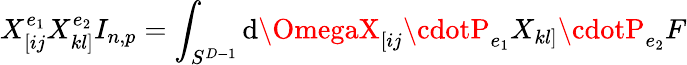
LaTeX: X_{[ij}^{e_{1}}X_{kl]}^{e_{2}}I_{n,p}=\int_{S^{D-1}}\mathrm{d}\OmegaX_{[ij}\cdotP_{e_{1}}X_{kl]}\cdotP_{e_{2}}F